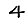
Digit: 4